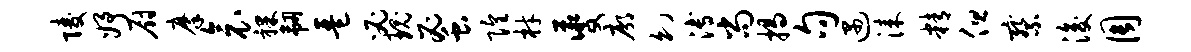
陵妤厨摩衾裸韧琶必瑰蜜隍材夔廓幻溥尚揭句遇漆精但察浚周